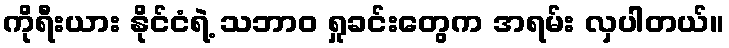
ကိုရီးယား နိုင်ငံရဲ့ သဘာဝ ရှုခင်းတွေက အရမ်း လှပါတယ်။